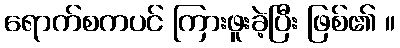
ရောက်စကပင် ကြားဖူးခဲ့ပြီး ဖြစ်၏ ။